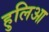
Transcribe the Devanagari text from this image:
हुलिआ